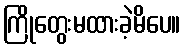
ကြိုတွေးမထားခဲ့မိပေ။